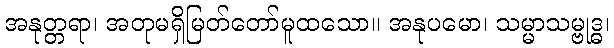
အနုတ္တရာ၊ အတုမရှိမြတ်တော်မူထသော။ အနုပမော၊ သမ္မာသမ္ဗုဒ္ဓ၊